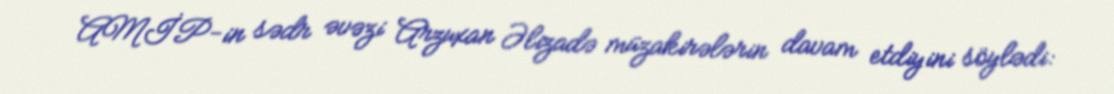
AMİP-in sədr əvəzi Arzuxan Əlizadə müzakirələrin davam etdiyini söylədi: